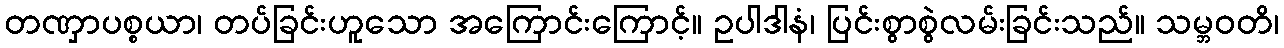
တဏှာပစ္စယာ၊ တပ်ခြင်းဟူသော အကြောင်းကြောင့်။ ဥပါဒါနံ၊ ပြင်းစွာစွဲလမ်းခြင်းသည်။ သမ္ဘဝတိ၊